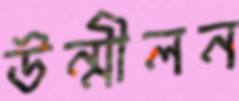
উন্মীলন